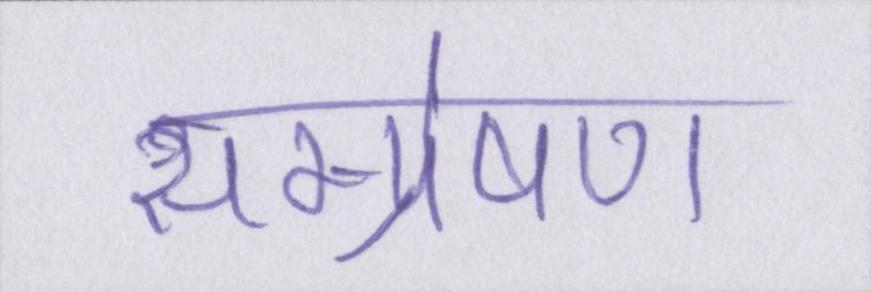
सम्प्रेषण